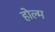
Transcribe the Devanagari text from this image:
होल्म